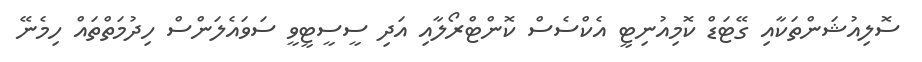
ސޮލިއުޝަންތަކާއި ގޭޓަޑް ކޮމިއުނިޓީ އެކްސެސް ކޮންޓްރޯލާއި އަދި ސީސީޓީވީ ސަވައެލަންސް ހިދުމަތްތައް ހިމެނޭ